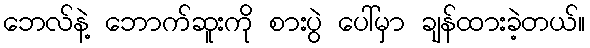
ဘေလ်နဲ့ ဘောက်ဆူးကို စားပွဲ ပေါ်မှာ ချန်ထားခဲ့တယ်။